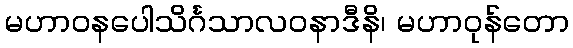
မဟာဝနပေါသိင်္ဂသာလဝနာဒီနိ၊ မဟာဝုန်တော